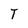
Character: T